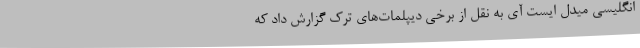
انگلیسی میدل ایست آی به نقل از برخی دیپلمات‌های ترک گزارش داد که